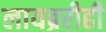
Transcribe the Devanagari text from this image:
लायब्ररीही